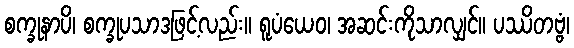
စက္ခုနာပိ၊ စက္ခုပသာဒဖြင့်လည်း။ ရူပံယေဝ၊ အဆင်းကိုသာလျှင်။ ပဿိတဗ္ဗံ၊